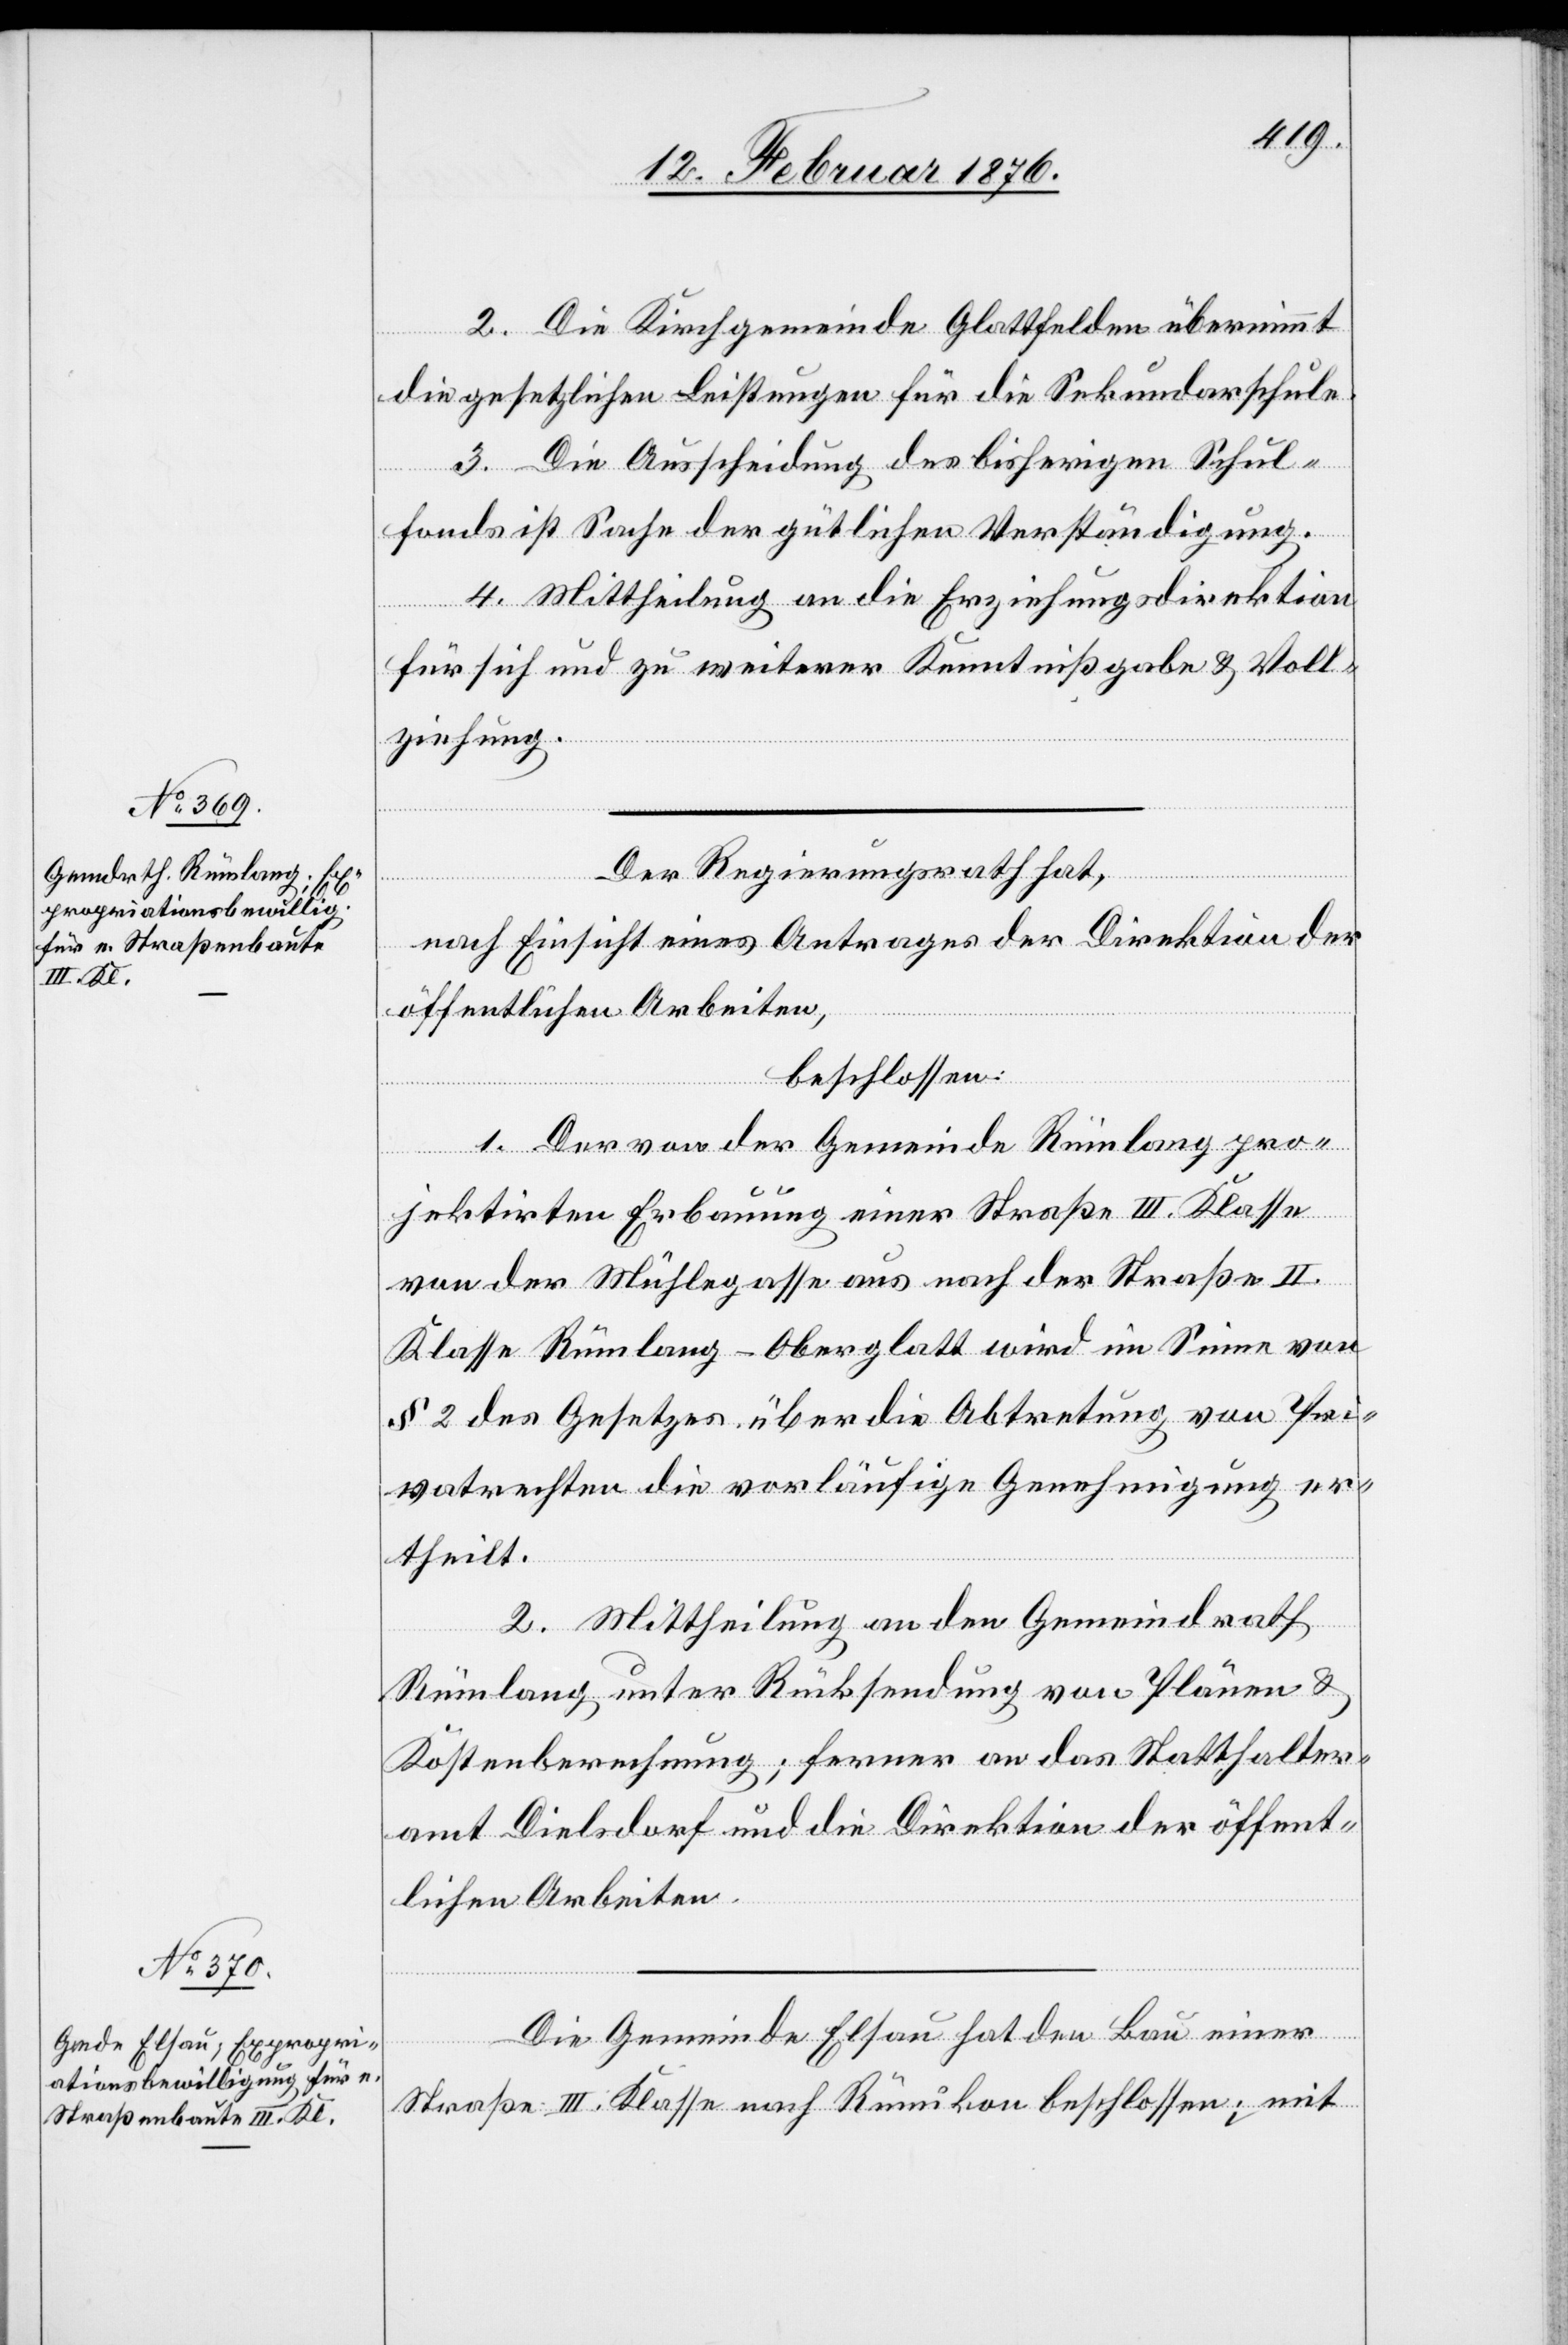
2. Die Kirchgemeinde Glattfelden übernimmt
die gesetzlichen Leistungen für die Sekundarschule.
3. Die Ausscheidung des bisherigen Schul¬
fonds ist Sache der gütlichen Verständigung.
4. Mittheilung an die Erziehungsdirektion
für sich und zu weiterer Kenntnißgabe & Voll¬
ziehung.
Der Regierungsrath hat,
nach Einsicht eines Antrages der Direktion der
öffentlichen Arbeiten,
beschlossen:
1. Der von der Gemeinde Rümlang pro¬
jektirten Erbauung einer Straße II. Klasse
von der Mühlegasse aus nach der Straße II.
Klasse Rümlang–Oberglatt wird im Sinne von
§ 2 des Gesetzes über die Abtretung von Pri¬
vatrechten die vorläufige Genehmigung er¬
theilt.
2. Mittheilung an den Gemeindrath
Rümlang unter Rücksendung von Plänen &
Kostenberechnung; ferner an das Statthalter¬
amt Dielsdorf und die Direktion der öffent¬
lichen Arbeiten.
Die Gemeinde Elsau hat den Bau einer
Straße II. Klasse nach Rümikon beschlossen; mit